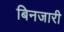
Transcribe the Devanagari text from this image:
बिनजारी